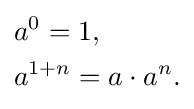
{\begin{aligned}&a^{0}=1,\\&a^{1+n}=a\cdot a^{n}.\end{aligned}}